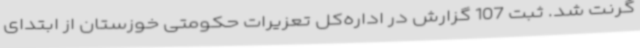
گرنت شد. ثبت 107 گزارش در اداره‌کل تعزیرات حکومتی خوزستان از ابتدای